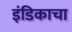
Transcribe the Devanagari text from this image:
इंडिकाचा